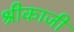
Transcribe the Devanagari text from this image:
श्रीकाजी